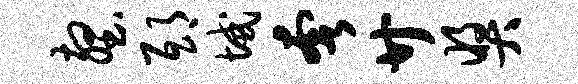
壑邸域奢廿奖